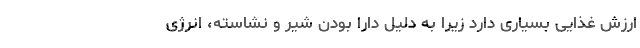
ارزش غذایی بسیاری دارد زیرا به دلیل دارا بودن شیر و نشاسته‌، انرژی